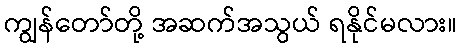
ကျွန်တော်တို့ အဆက်အသွယ် ရနိုင်မလား။